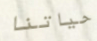
حياتنا